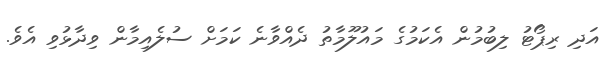
އަދި ރިޕޯޓު ލިބުމުން އެކަމުގެ މައުލޫމާތު ދެއްވާނެ ކަމަށް ސުލެއިމާން ވިދާޅުވި އެވެ.